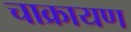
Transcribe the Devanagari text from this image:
चाक्रायण